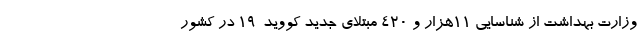
وزارت بهداشت از شناسایی ۱۱هزار و ۴۲۰ مبتلای جدید کووید-۱۹ در کشور